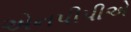
એનપીપીએ